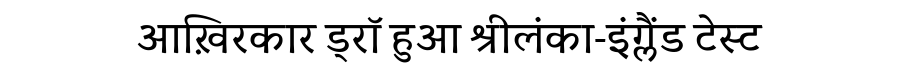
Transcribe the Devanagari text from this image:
आख़िरकार ड्रॉ हुआ श्रीलंका-इंग्लैंड टेस्ट